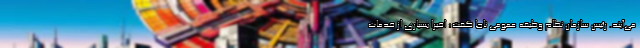
می‌آیند. رئیس سازمان نظام وظیفه عمومی ناجا گفت: اخیرا بسیاری از خدمات